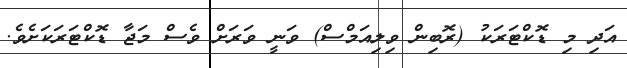
އަދި މި ޑޮކްޓަރަކު (ރޮބިން ވިލިއަމްސް) ވަނީ ވަރަށް ވެސް މަޖާ ޑޮކްޓަރަކަށެވެ.